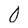
Character: 0